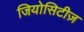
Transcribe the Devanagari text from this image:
जियोसिटीज़